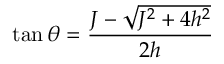
\tan \theta = \frac { J - \sqrt { J ^ { 2 } + 4 h ^ { 2 } } } { 2 h }